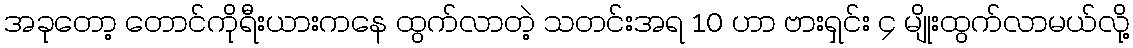
အခုတော့ တောင်ကိုရီးယားကနေ ထွက်လာတဲ့ သတင်းအရ 10 ဟာ ဗားရှင်း ၄ မျိုးထွက်လာမယ်လို့